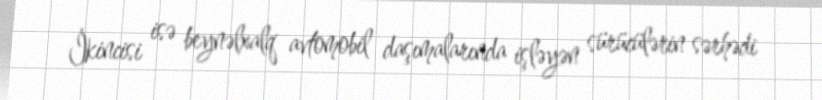
İkincisi isə beynəlxalq avtomobil daşımalarında işləyən sürücülərin sərhədi